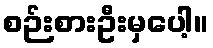
စဉ်းစားဦးမှပေါ့။